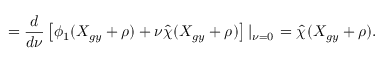
= \frac { d } { d \nu } \left[ \phi _ { 1 } ( X _ { g y } + \rho ) + \nu \hat { \chi } _ { } ( X _ { g y } + \rho ) \right] \left| _ { \nu = 0 } \right. = \hat { \chi } _ { } ( X _ { g y } + \rho ) .